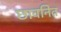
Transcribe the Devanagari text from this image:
छावनित